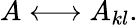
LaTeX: A\longleftrightarrow A_{kl}.